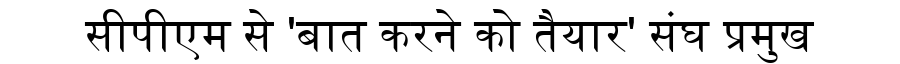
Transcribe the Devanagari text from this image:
सीपीएम से 'बात करने को तैयार' संघ प्रमुख